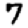
Digit: 7